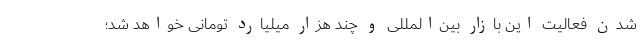
شدن فعالیت این بازار بین‌المللی و چند هزار میلیارد تومانی خواهد شد؛